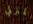
المنزلي